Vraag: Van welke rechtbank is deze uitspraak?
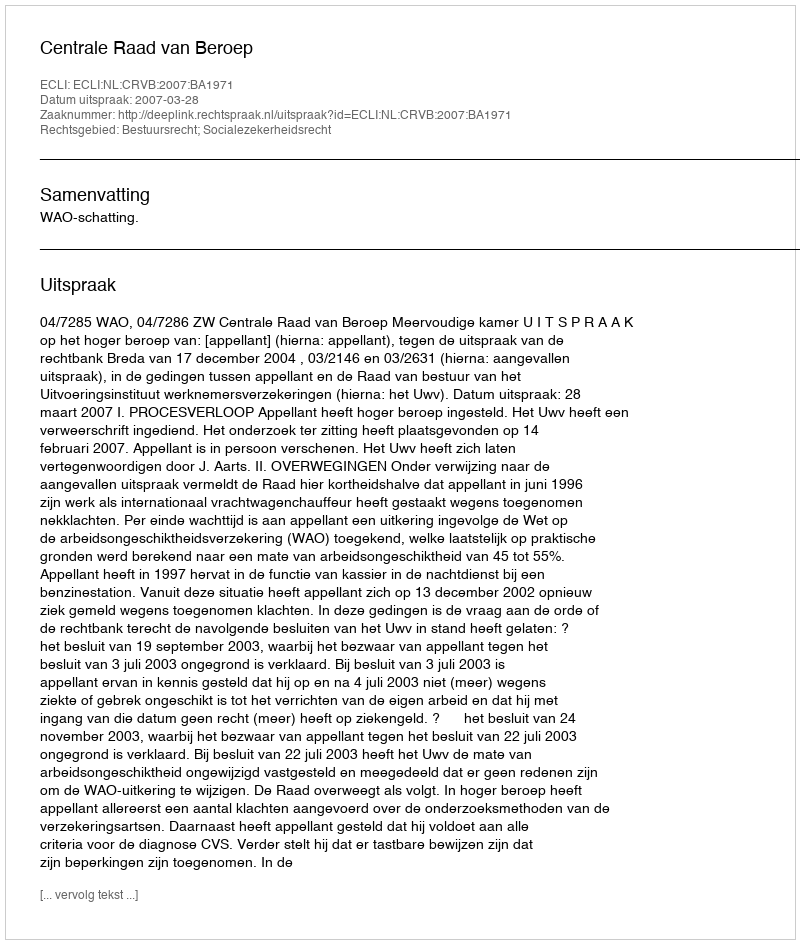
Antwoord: Centrale Raad van Beroep